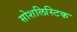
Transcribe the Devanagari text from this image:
सोशलिस्टिक